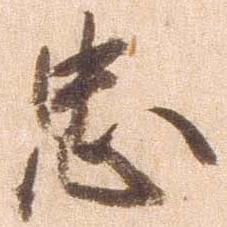
忠